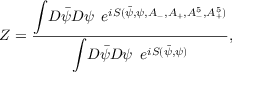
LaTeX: Z = \frac { { \displaystyle \int } { \cal D } { \bar { \psi } } { \cal D } \psi \, \, \, { \displaystyle e } ^ { i S ( { \bar { \psi } } , \psi , A _ { - } , A _ { + } , A _ { - } ^ { 5 } , A _ { + } ^ { 5 } ) } } { { \displaystyle \int } { \cal D } { \bar { \psi } } { \cal D } \psi \, \, \, { \displaystyle e } ^ { i S ( { \bar { \psi } } , \psi ) } } ,